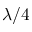
\lambda / 4